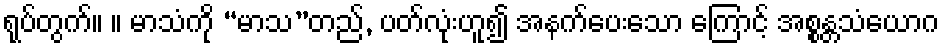
ရုပ်တွက်။ ။ မာသံကို “မာသ”တည်, ပတ်လုံးဟူ၍ အနက်ပေးသော ကြောင့် အစ္စန္တသံယောဂ